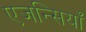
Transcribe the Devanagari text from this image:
एजन्सियाँ